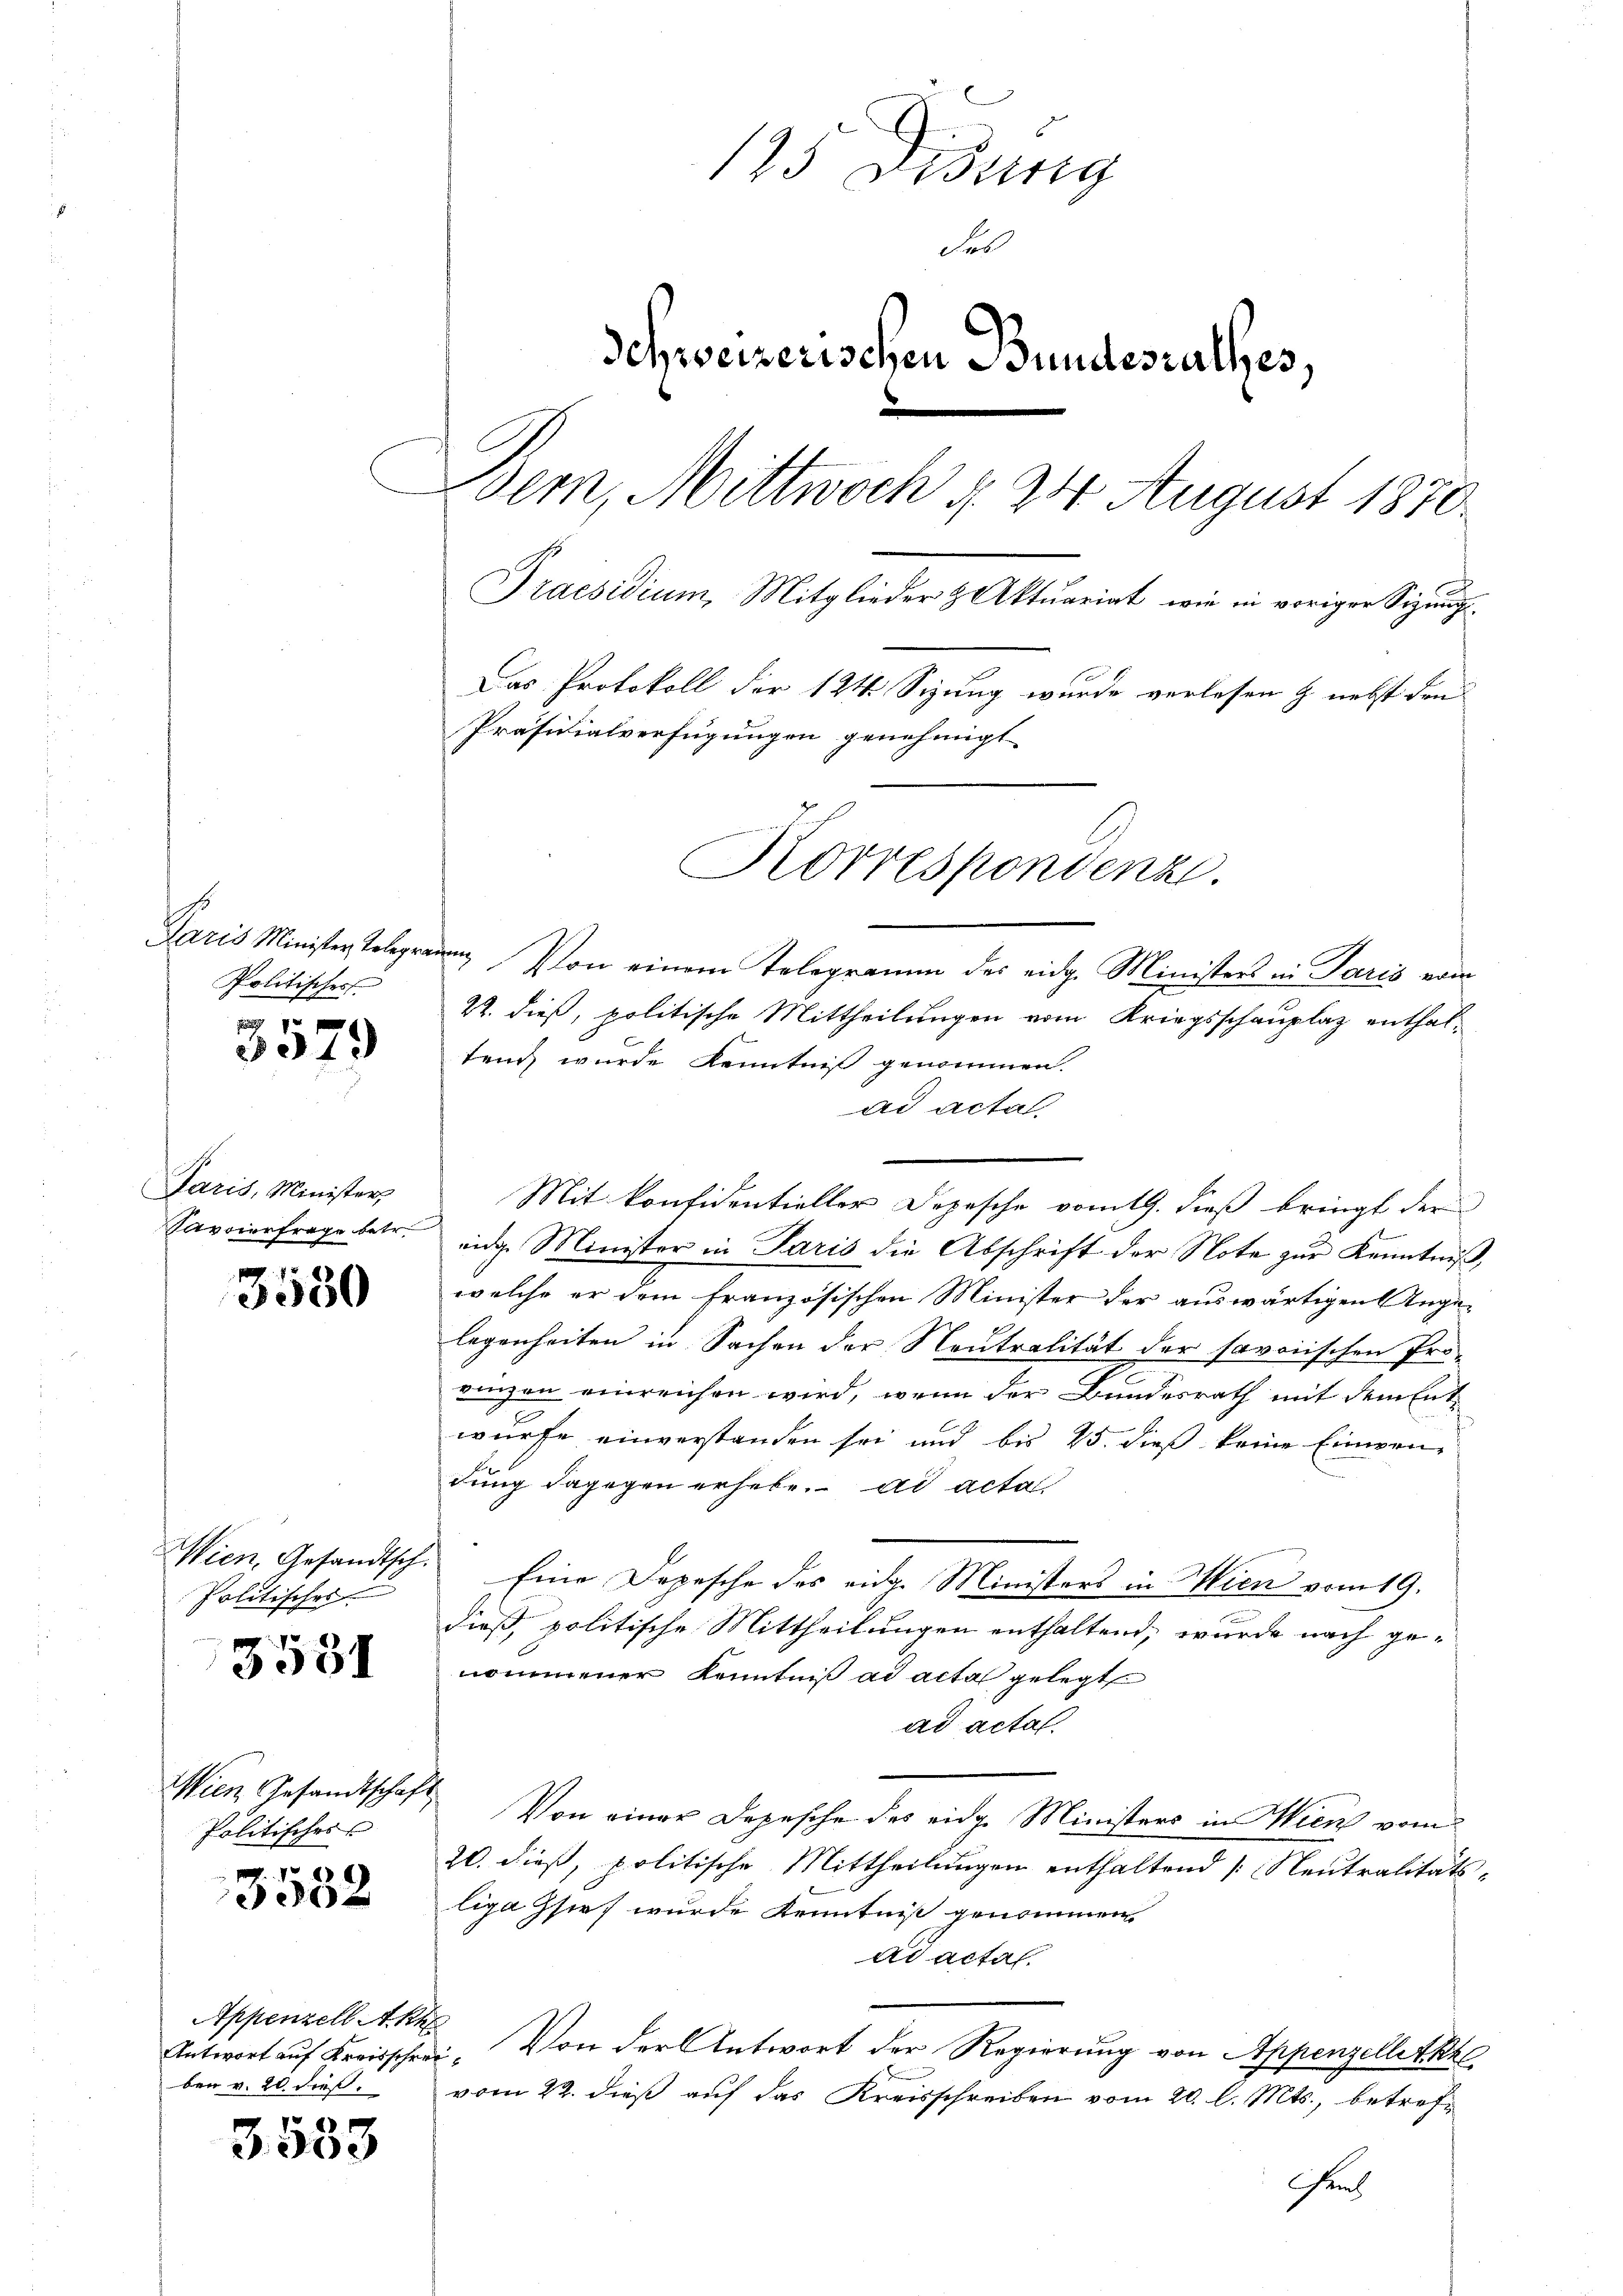
Politisches

334.

Paris, Minister
Savoierfrage betr.

3550

Wien, Gesandtsch.
Politisches

3531

Wien Gesandtschaft
Politisches

8
350.

Appenzell Akte
Antwort auf Kreisschrei
ben v. 20. dieß.

3533

125 Didung
Fel
Schweizerischen Bundesrathes,
Bern, Mittwoch §. 24 August 1870
Praesidium, Mitglieder & Aktuariat, wie in voriger Sizung¬
Das Protokoll der 124 Sizung wurde verlesen & nebst den
Präsidialverfügungen genehmigt.
Korrespondenz.

Paris Minister Telegrauen. Von einem Telegramm des eidg. Ministers in Paris vom
22. dieß, politische Mittheilungen vom Kriegsschauplaz enthaltend wurde Kenntniß genommen.
ad acta.
Mit konfidentieller Depesche vom 19. dieß bringt der
eidge Minister in Paris die Abschrift der Note zur Kenntniß,
welche er dem französischen Minister der auswärtigen Angelegenheiten in Sachen der Neutralität der savorischen Pro-
vingen einreichen wird, wenn der Bundesrath mit dem Entwurfe einverstanden sei und bis 25. dieß keine Einwen-
dung dagegen erhebe. ad acta
Eine Depesche des eidg. Ministers in Wien vom 19.
n
dieß politische Mittheilungen enthaltend, wurde nach genommener Kenntniß ad acta gelegt
ad actat.
Von einer Depesche des eidg. Ministers in Wien vom
20. dieß, politische Mittheilungen enthaltend [Neutralitäts-
liga sie wurde Kenntniß genommen
ad actal.
Von der Antwort der Regierung von Appenzelletkh
s
vom 22. dieß auf das Kreisschreiben vom 20. l. Mts., betref¬
Fens